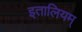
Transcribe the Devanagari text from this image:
इतालियम्